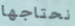
نحتاجها